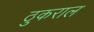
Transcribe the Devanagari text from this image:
ठुकराल